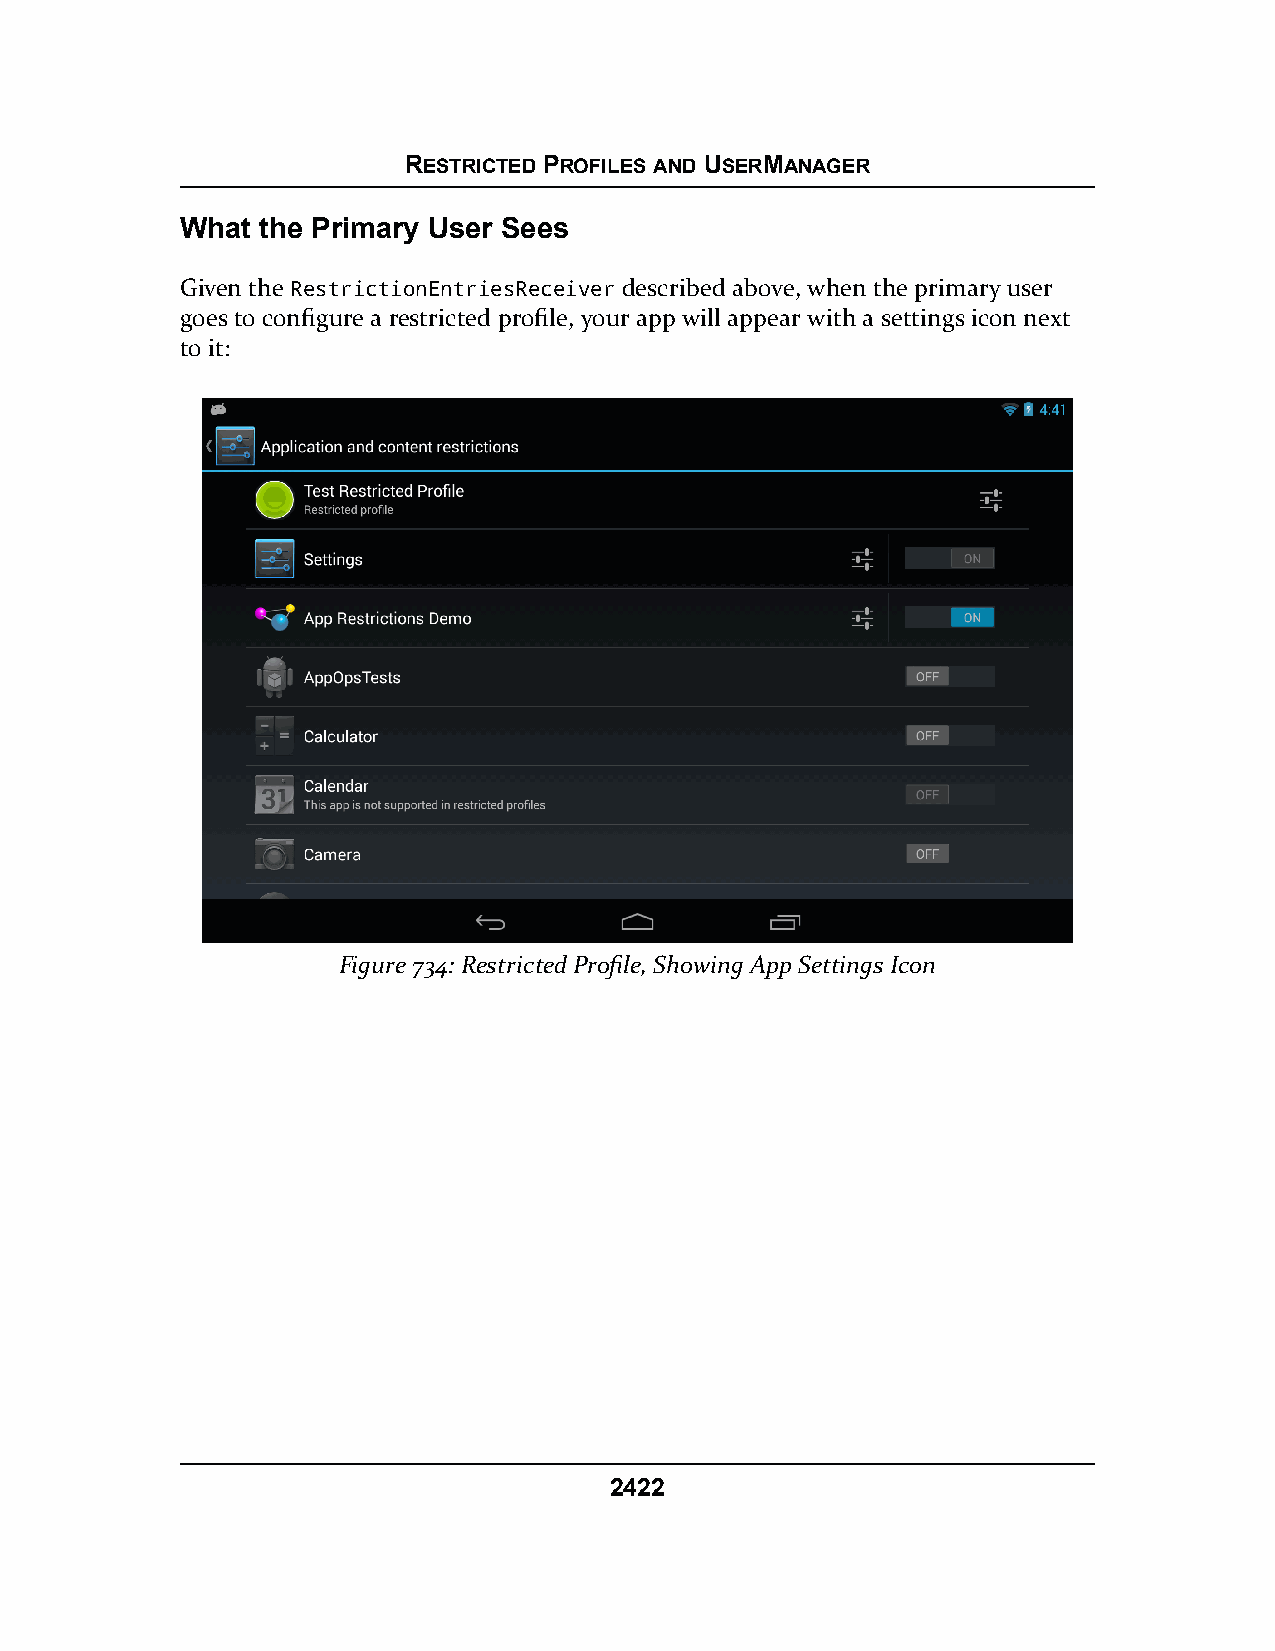
RESTRICTED PROFILES AND USERMANAGER
 What the Primary User Sees
 Given the RestrictionEntriesReceiver described above, when the primary user
 goes to configure a restricted profile, your app will appear with a settings icon next
 to it:
 Figure 734: Restricted Profile, Showing App Settings Icon
 2422